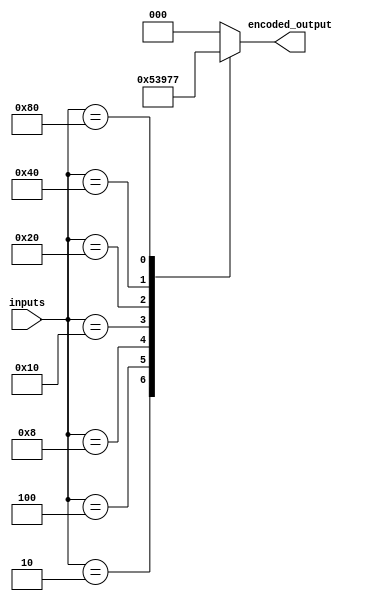
module priority_encoder(
    input [7:0] inputs,
    output reg [2:0] encoded_output
);

always @* begin
    case (inputs)
        8'b00000001  : encoded_output = 3'b000; // input 0 has highest priority
        8'b00000010  : encoded_output = 3'b001; // input 1 has highest priority
        8'b00000100  : encoded_output = 3'b010; // input 2 has highest priority
        8'b00001000  : encoded_output = 3'b011; // input 3 has highest priority
        8'b00010000  : encoded_output = 3'b100; // input 4 has highest priority
        8'b00100000  : encoded_output = 3'b101; // input 5 has highest priority
        8'b01000000  : encoded_output = 3'b110; // input 6 has highest priority
        8'b10000000  : encoded_output = 3'b111; // input 7 has highest priority
        default      : encoded_output = 3'b000; // default output when no inputs are active
    endcase
end

endmodule